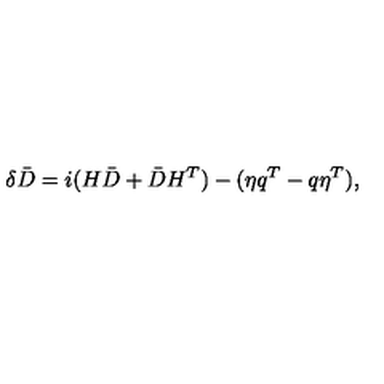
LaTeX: \delta \bar { D } = i ( H \bar { D } + \bar { D } H ^ { T } ) - ( \eta q ^ { T } - q \eta ^ { T } ) ,